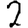
Digit: 2